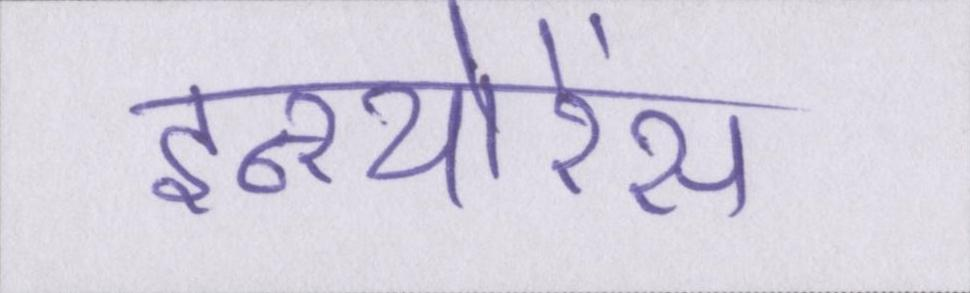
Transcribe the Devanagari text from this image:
इन्श्योरेंस